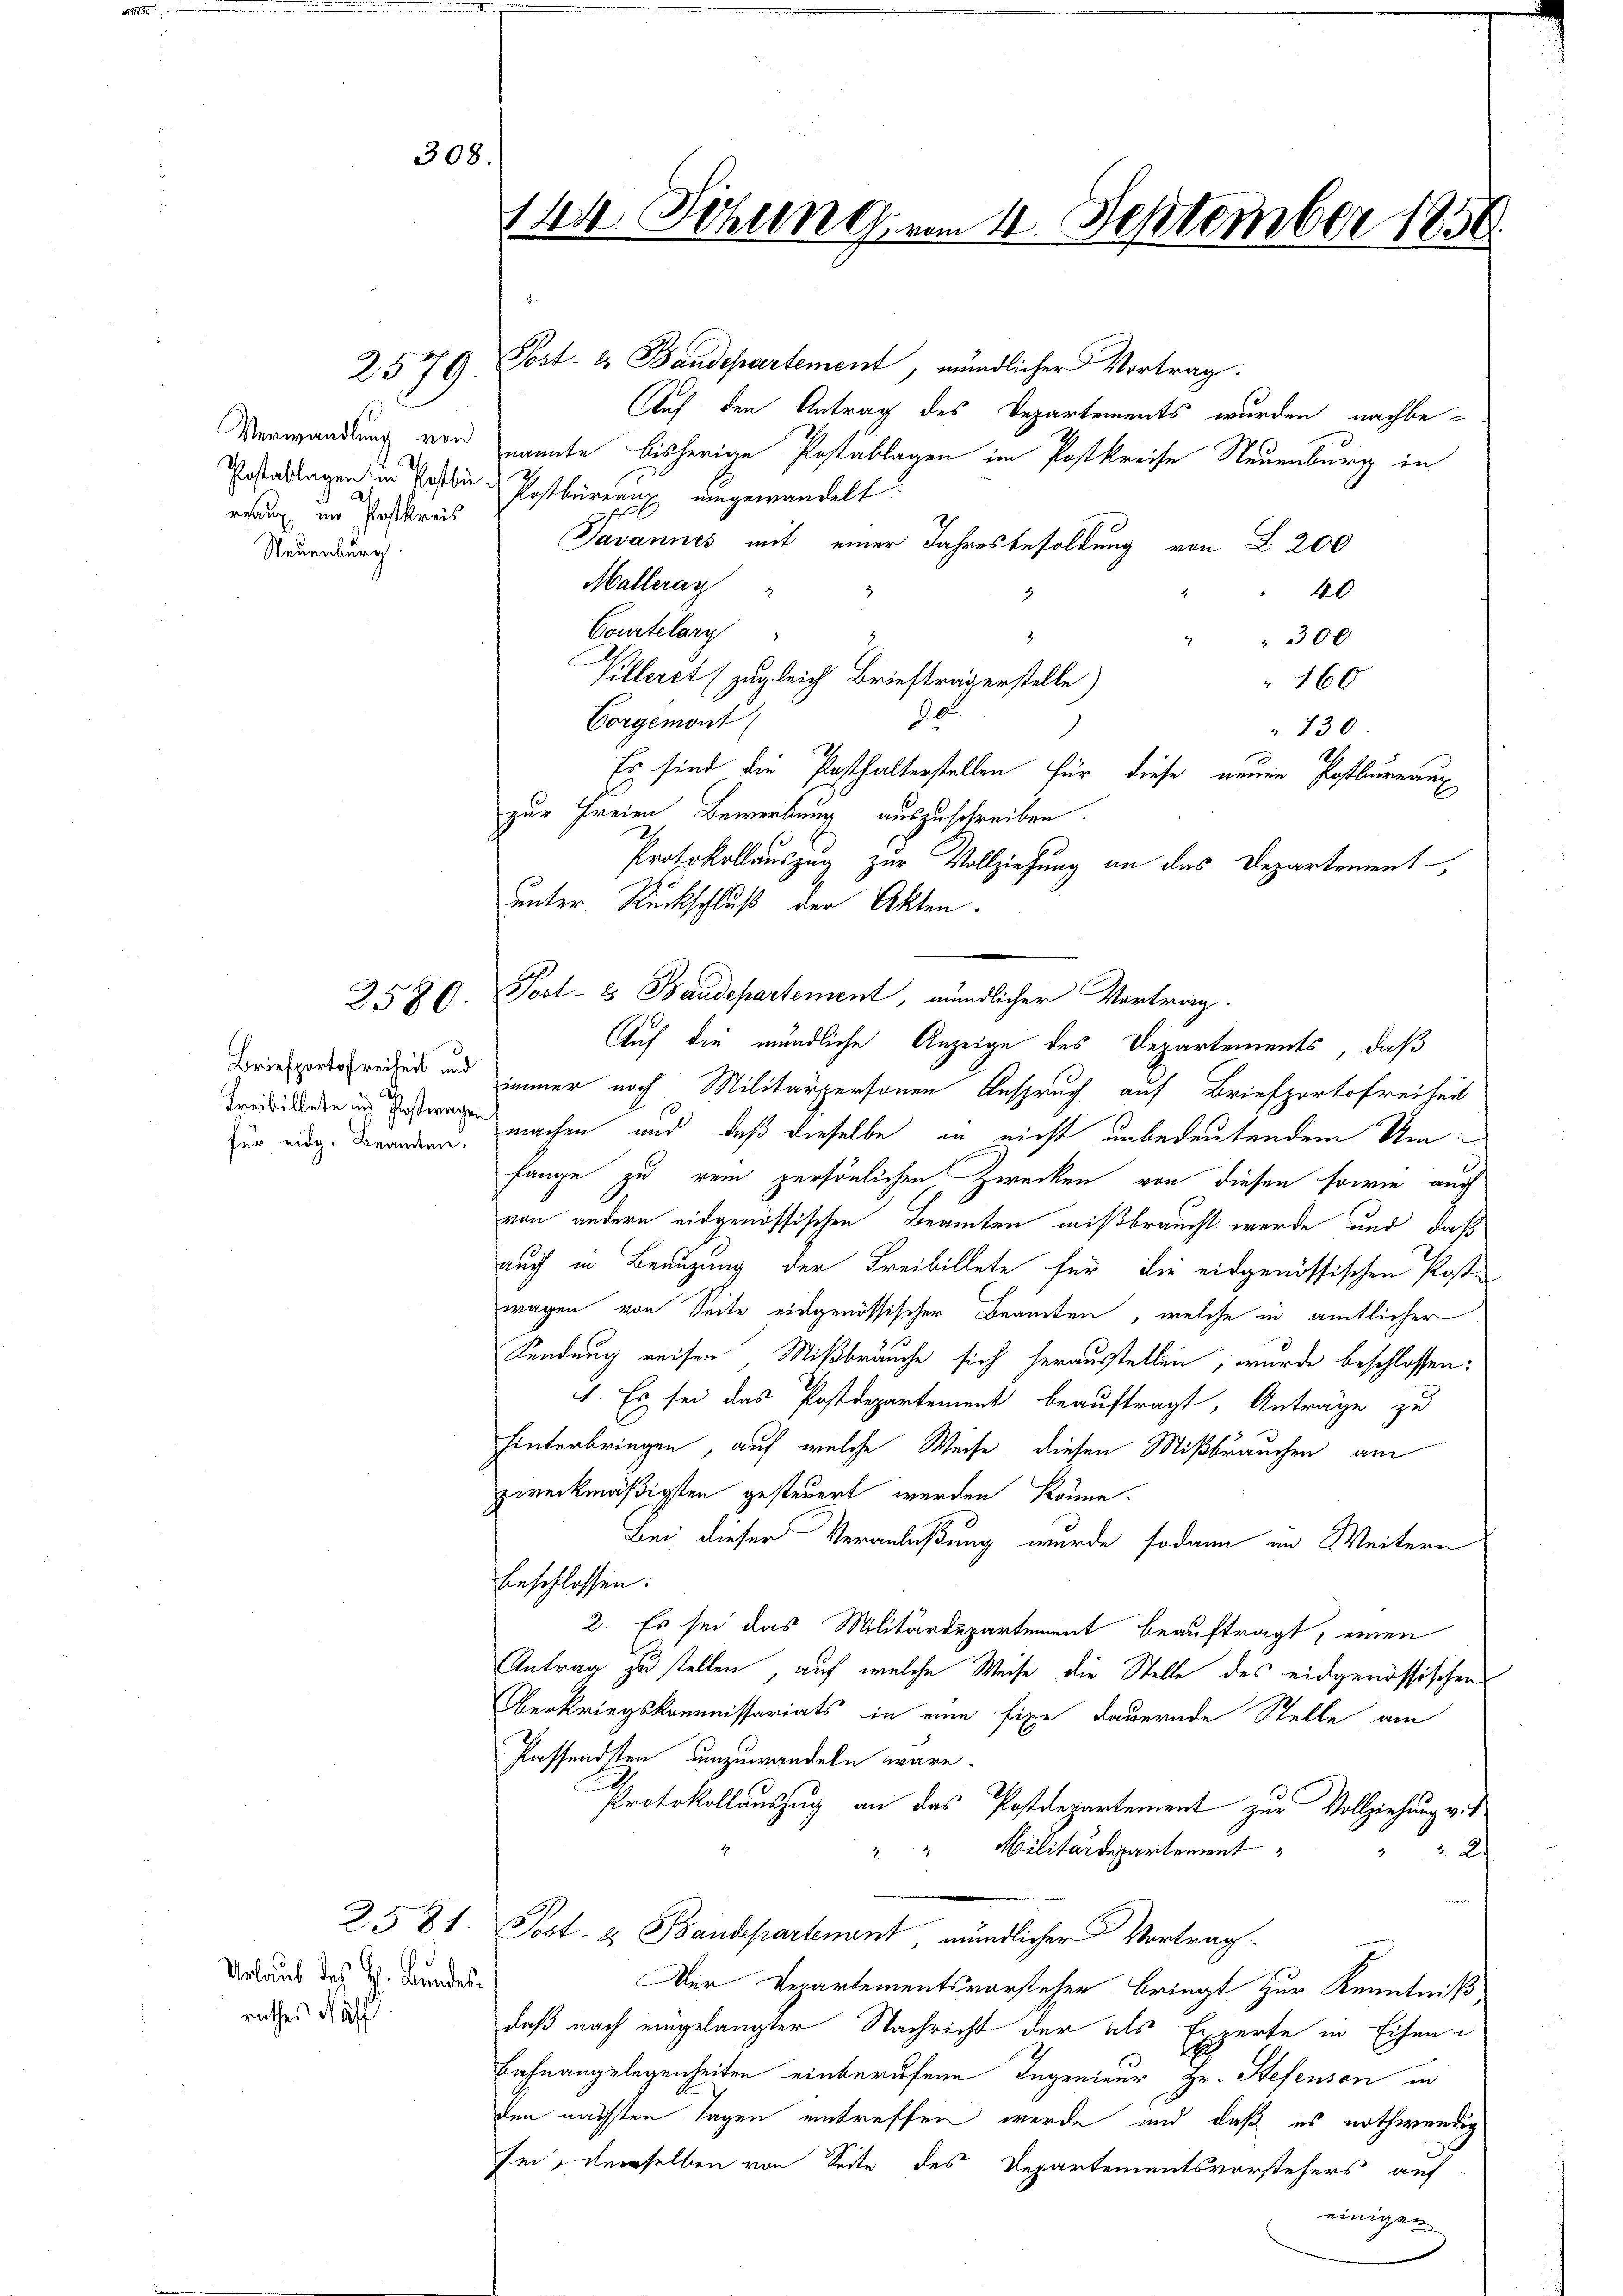
Verwandlung von
rrung im Postkreis
Neuenburg.

2579.

2580.

Briefportofreiheit und
für eidg. Beanten.

2581.
Urlaub des H. Bandesrathes Näff

2

308

Post- u. Baudepartement, mündlicher Vortrag.
Auf den Antrag des Departements wurden nachbe-
nannte bisherige Postablagen im Postkreise Neuenburg in
Postablagen in Postbar u Postbüreaux eingewandelt.
Javannes mit einer Jahresbesoldung von § 200
Malleray
40
Courtelary
300
Villeret (zugleich Brieftragenstelle)
160
20
Corgemont
130
S
Es sind die Posthalterstellen für diese neuen Postbureaux
zur Freien Bewerbung auszuschreiben.
Protokollauszug zur Vollziehung an das Departement,
unter Rückschluß der Akten.
Post- & Baudepartement, mündlicher Vortrag.
Auf die mündliche Anzeige des Departements, daß
immer nach Militärpersonen Anspruch auf Briefportofreiheit
 machen und daß dieselbe in nicht unbedeutendem Umfange zu rein persönlichen Zwecken von diesen sowie auch
von andern eidgenössischen Beamten mißbraucht werde und daß
auch in Benuzung der Freibillete für die eidgenössischen Postwagen von Seite eidgenössischer Beamten, welche in amtlicher
Sendung reisen, Mißbräuche sich herausstellen, wurde beschlossen:
1. Es sei das Postdepartement beauftragt, Anträge zu
hinterbringen, auf welche Weise, diesen Mißbrauchen am
zweckmäßigsten gesteuert werden könne.
Bei dieser Veranlaßung wurde sodann im Weitern
beschlossen:
2. Es sei das Militärdepartement beauftragt, einen
Antrag zu stellen, auf welche Weise die Stelle des eidgenössischen
Oberkriegskommissariats in eine fixe dauernde Stelle am
Passendsten umzuwandeln wäre.
Protokollauszug an das Postdepartement zur Vollziehung v.
" " Militärdepartement
2
Post- & Baudepartement, mündlicher Vortrag
Der Departementsvorsteher bringt zur Kenntniß
daß nach eingelangter Nachricht der als Experte in Eisend
Bahnangelegenheiten einberufene Ingenieur Hr. Hefenson in
den nächsten Tagen eintreffen werde und daß es nothwendig
sei, demselben von Seite des Departementsvorstehers auf
einigen

144 Sitzung, um 11. September 1850